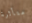
متأثرة